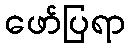
ဖော်ပြရာ